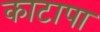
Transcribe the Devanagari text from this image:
काटापा